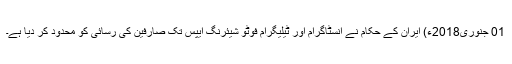
01 جنوری2018ء) ایران کے حکام نے انسٹاگرام اور ٹیلیگرام فوٹو شیئرنگ ایپس تک صارفین کی رسائی کو محدود کر دیا ہے۔